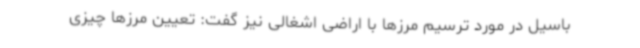
باسیل در مورد ترسیم مرزها با اراضی اشغالی نیز گفت: تعیین مرزها چیزی